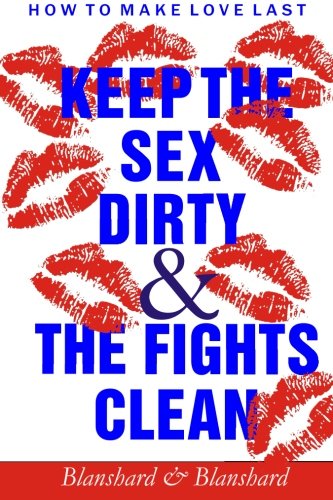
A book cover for How To Make Love Last.: Keep The Sex Dirty and The Fights Clean; Blanshard & Blanshard; Health, Fitness & Dieting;